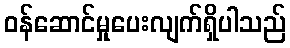
ဝန်ဆောင်မှုပေးလျက်ရှိပါသည်